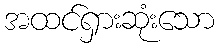
အထင်ရှားဆုံးသော